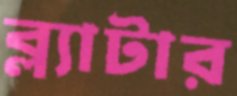
ব্ল্যাটার